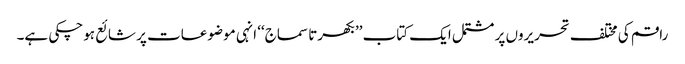
راقم کی مختلف تحریروں پر مشتمل ایک کتاب ’’بکھرتا سماج‘‘ انہی موضوعات پر شائع ہوچکی ہے۔